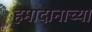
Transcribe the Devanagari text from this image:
हमादानाच्या